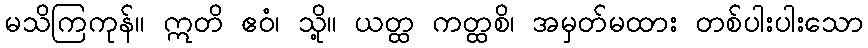
မသိကြကုန်။ ဣတိ ဧဝံ၊ သို့။ ယတ္ထ ကတ္ထစိ၊ အမှတ်မထား တစ်ပါးပါးသော